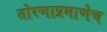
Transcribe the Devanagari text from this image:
तोरणाप्रमाणेच